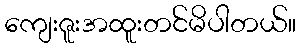
ကျေးဇူးအထူးတင်မိပါတယ်။